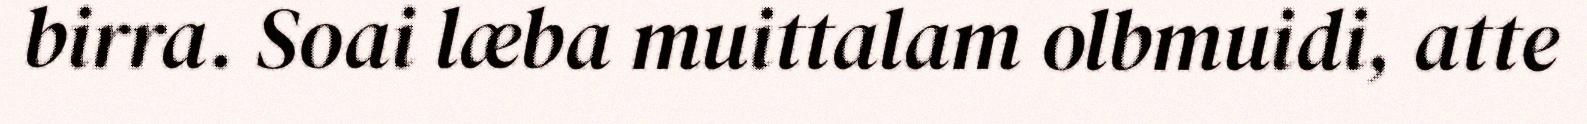
birra. Soai læba muittalam olbmuidi, atte